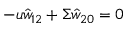
- u \hat { w } _ { 1 2 } + \Sigma \hat { w } _ { 2 0 } = 0